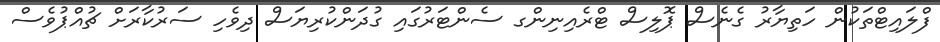
ފްލައިޓްތަކުން ހަތިޔާރު ގެނެސް ޕޮލިސް ޓްރެއިނިންގ ސެންޓަރުގައި ގުދަންކުރިޔަސް ދިވެހި ސަރުކާރަށް ޗުއްޕުވެސް